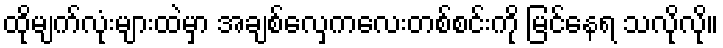
ထိုမျက်လုံးများထဲမှာ အချစ်လှေကလေးတစ်စင်းကို မြင်နေရ သလိုလို။